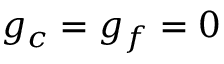
g _ { c } = g _ { f } = 0